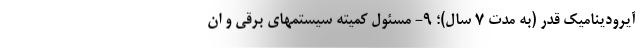
آیرودینامیک قدر (به مدت ۷ سال)؛ ۹- مسئول کمیته سیستمهای برقی و ان